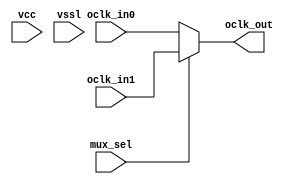
// This program was cloned from: https://github.com/chipsalliance/aib-phy-hardware
// License: Apache License 2.0

// SPDX-License-Identifier: Apache-2.0
// Copyright (C) 2019 Intel Corporation. 
// Library - aibcr_lib, Cell - aibcr_clkmux2, View - schematic
// LAST TIME SAVED: Sep  7 23:41:23 2015
// NETLIST TIME: Oct  9 02:05:40 2015

module aibcr3_clkmux2 ( oclk_out, mux_sel, oclk_in0, oclk_in1, vcc, vssl
     );

output  oclk_out;

input  mux_sel, oclk_in0, oclk_in1, vcc, vssl;

 

assign oclk_out = mux_sel ?  oclk_in1 : oclk_in0 ;



endmodule